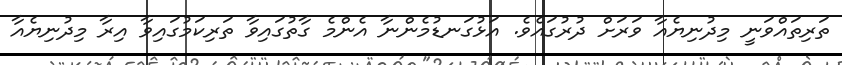
ތަރިތައްވަނީ މިދުނިޔެއާ ވަރަށް ދުރުގައެވެ. އަޅުގަނޑުމެންނާ އެންމެ ގާތުގައިވާ ތަރިކަމުގައިވާ އިރާ މިދުނިޔެއާ